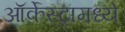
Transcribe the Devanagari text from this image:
ऑर्केस्ट्रामध्ये